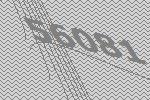
56081